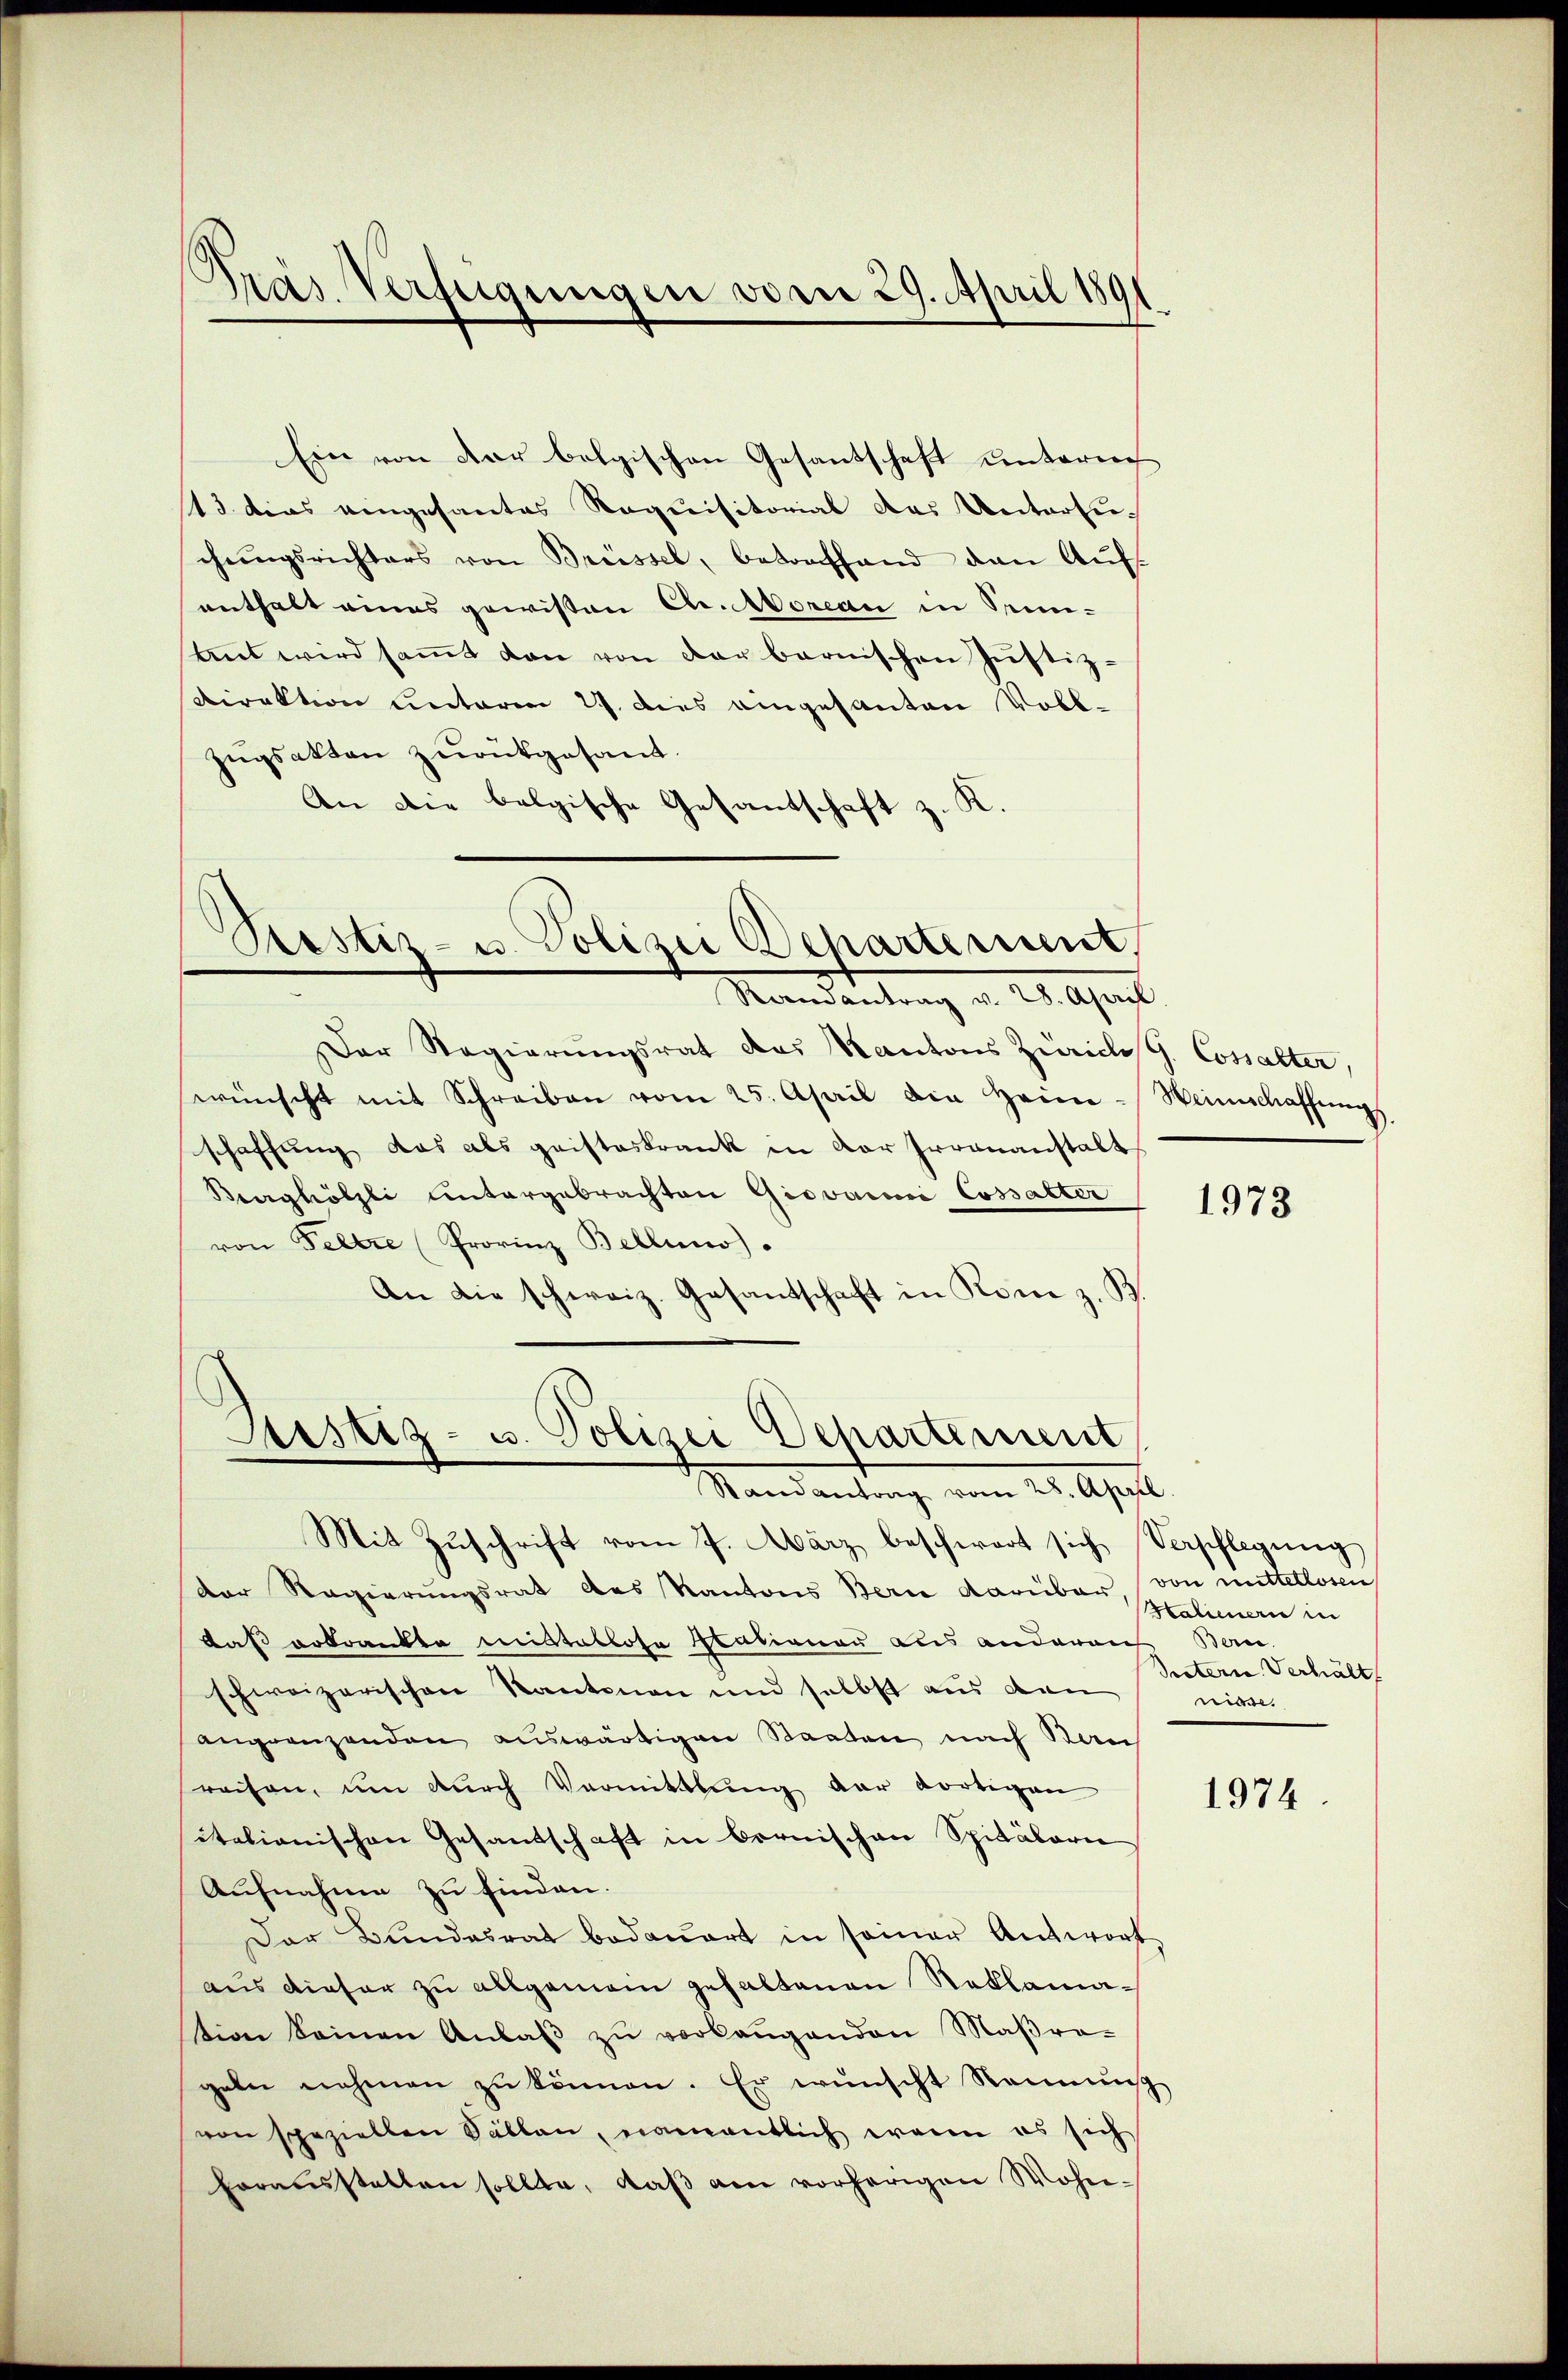
Pras Verfügungen vom 29. April 1891.

Ein von der belgischen Gesantschaft unterrech
13. dies eingesantes Requisitorial das Untersuchŭngsrichters von Brüssel, betrafhand den Aufenthalt eines gewissen Chr. Moreau in Sinammt wird saṁt dan von der barnischen Justiz-
Direktion unterm 27. dies eingesanten Vollzugsakten zurückgesant.
An die belgische Gesantschaft z. K.

Prestiz- u. Polizei Departement.
Randantrag v. 28. April

Der Regierungsrat des Kantons Zürich G. Cossalter,
wünscht mit Schreiben vom 25. April die Heim - Weinschaffŭngs
schaffung das als geisteskrank in der Irrenanstalt
Berghölzli untergebrachten Giovanni Cossalter
von Feltre (Provinz Bellino).
An die schweiz. Gesantschaft in Rom z. B

Justiz- u. Polizei Departement
Randantrag vom 28. April.
Mit Zŭschrift vom 7. März beschwart sich Verpflegŭng

der Regierŭngsrat des Kantons Bern darüber, von mittellosen
daß erkrankte mittallose Nationen aus anderauf Bern.
schweizerischen Kantonen und selbst aus den
angrenzenden auswärtigen Staaten nach Kauf
reisen, um dŭrch Vermittlung der dortigen
itationischen Gesandschaft in Bernischen Spitälern
Aufnahme zu finden.
Der Bundesrat bedauert in seiner Antwort
aus dieser zu allgemein gehaltenen Reklamation seinen Anlaβ zŭ verlangenden Maβra-
geln nehmen zu können. Er wünscht Rennung
von speziellen Sällen, namentlich wenn es sich
Erraŭsstatten sollte, daβ am vorherigen Wohn-

1973

Halienern in
Proterie Verhält
niase.

1974